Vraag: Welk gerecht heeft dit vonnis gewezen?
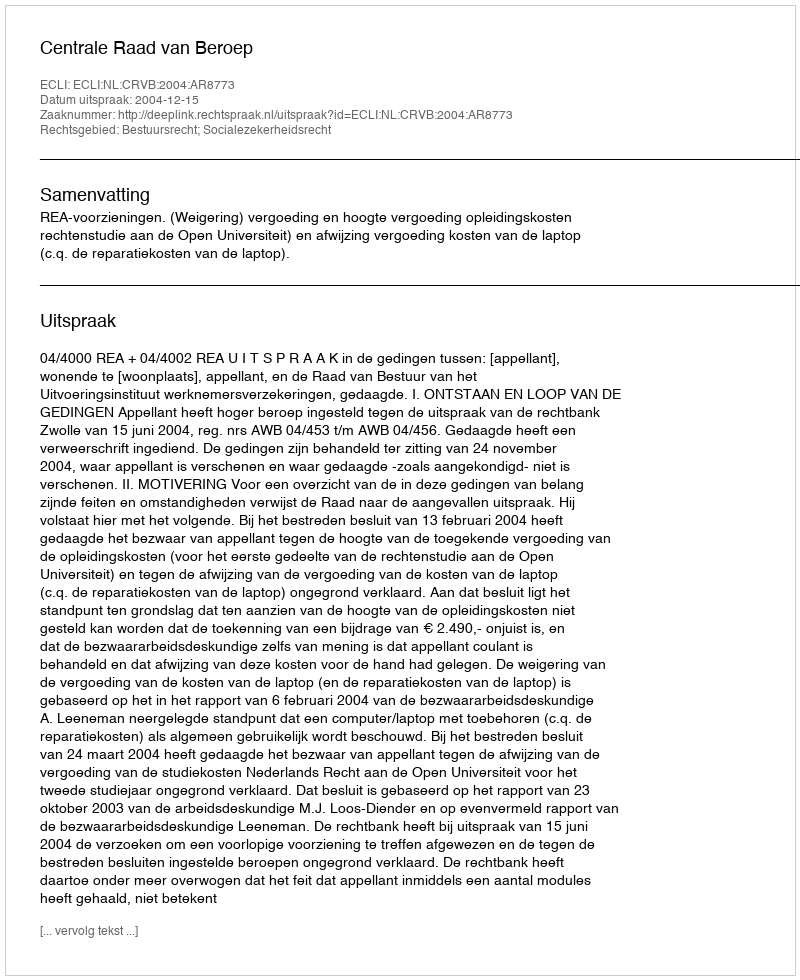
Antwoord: Centrale Raad van Beroep